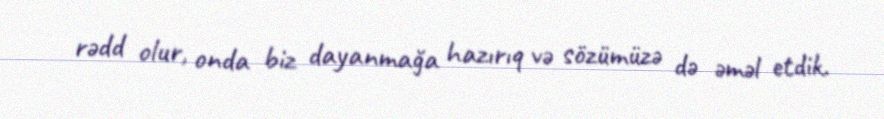
rədd olur, onda biz dayanmağa hazırıq və sözümüzə də əməl etdik.